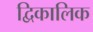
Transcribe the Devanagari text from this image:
द्विकालिक